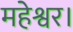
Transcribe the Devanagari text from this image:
महेश्वर।